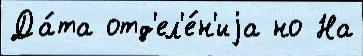
Да́та отд'ел'е́н'иjа но На